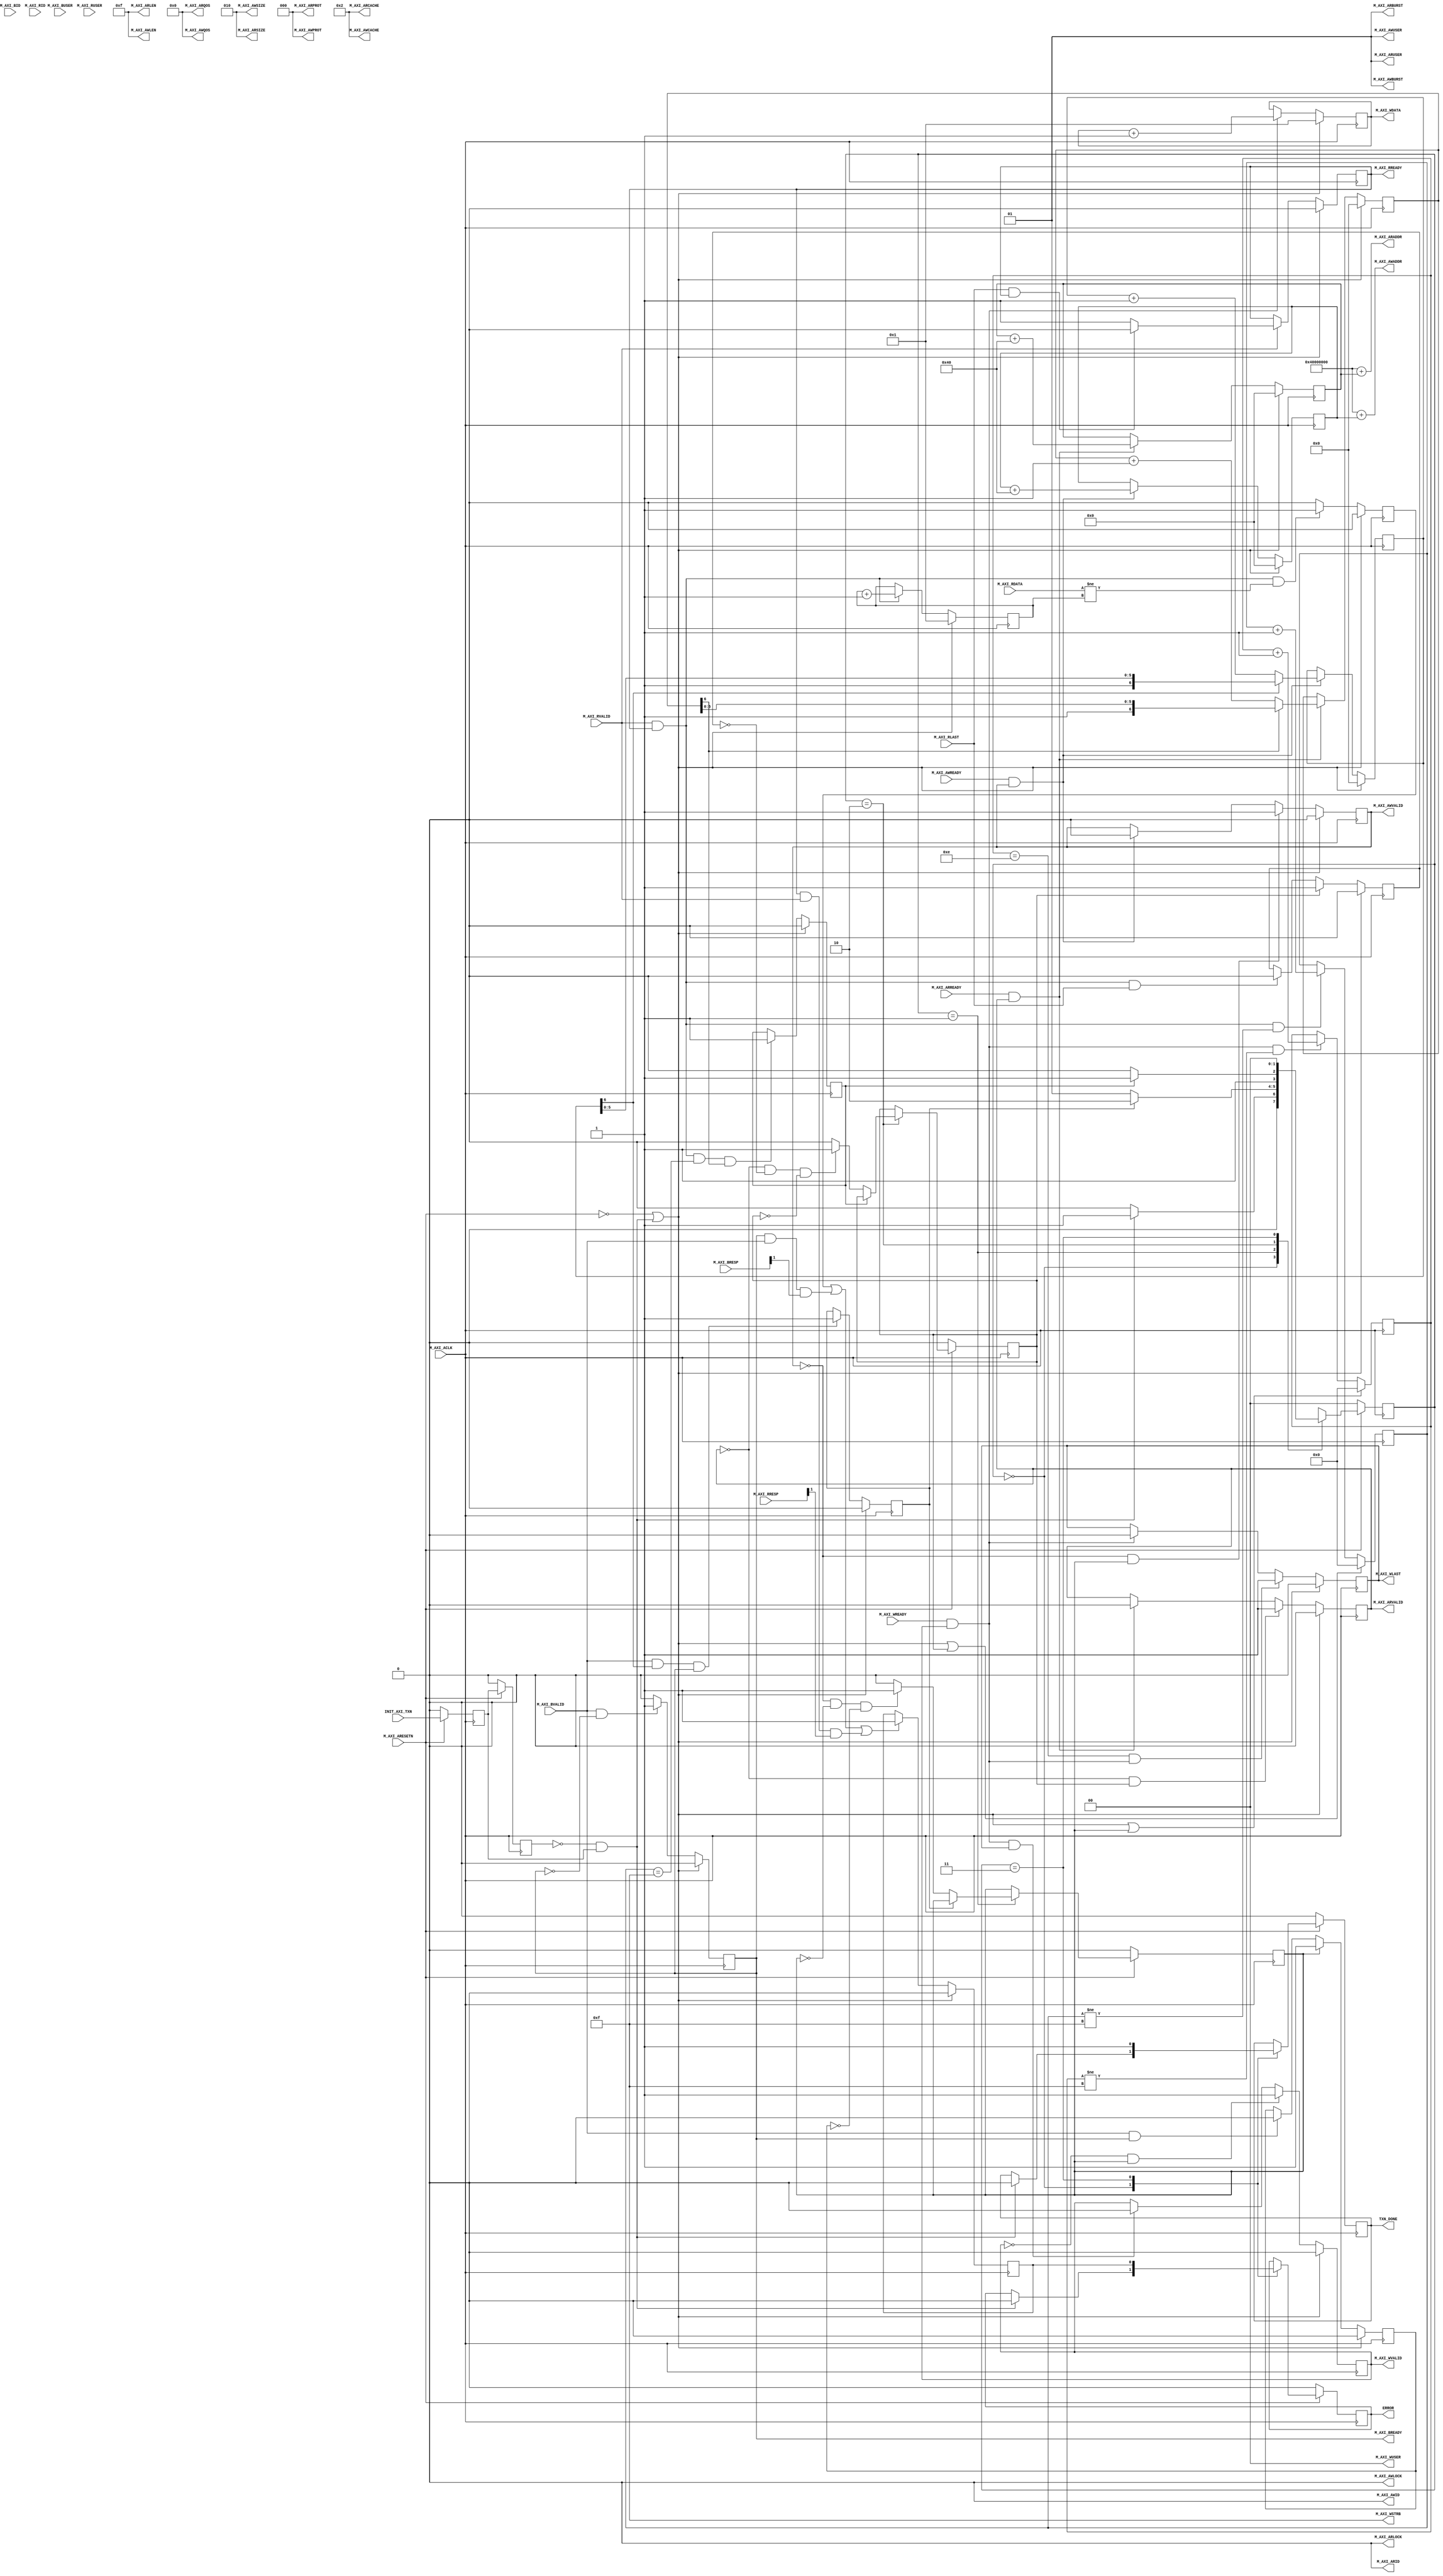
// This program was cloned from: https://github.com/MongooseOrion/FPGA_atoms
// License: MIT License


`timescale 1 ns / 1 ps

	module axi_full_v1_0_M00_AXI #
	(
		// Users to add parameters here

		// User parameters ends
		// Do not modify the parameters beyond this line

		// Base address of targeted slave
		parameter  C_M_TARGET_SLAVE_BASE_ADDR	= 32'h40000000,
		// Burst Length. Supports 1, 2, 4, 8, 16, 32, 64, 128, 256 burst lengths
		parameter integer C_M_AXI_BURST_LEN	= 16,
		// Thread ID Width
		parameter integer C_M_AXI_ID_WIDTH	= 1,
		// Width of Address Bus
		parameter integer C_M_AXI_ADDR_WIDTH	= 32,
		// Width of Data Bus
		parameter integer C_M_AXI_DATA_WIDTH	= 32,
		// Width of User Write Address Bus
		parameter integer C_M_AXI_AWUSER_WIDTH	= 0,
		// Width of User Read Address Bus
		parameter integer C_M_AXI_ARUSER_WIDTH	= 0,
		// Width of User Write Data Bus
		parameter integer C_M_AXI_WUSER_WIDTH	= 0,
		// Width of User Read Data Bus
		parameter integer C_M_AXI_RUSER_WIDTH	= 0,
		// Width of User Response Bus
		parameter integer C_M_AXI_BUSER_WIDTH	= 0
	)
	(
		// Users to add ports here

		// User ports ends
		// Do not modify the ports beyond this line

		// Initiate AXI transactions
		input wire  INIT_AXI_TXN,
		// Asserts when transaction is complete
		output wire  TXN_DONE,
		// Asserts when ERROR is detected
		output reg  ERROR,
		// Global Clock Signal.
		input wire  M_AXI_ACLK,
		// Global Reset Singal. This Signal is Active Low
		input wire  M_AXI_ARESETN,
		// Master Interface Write Address ID
		output wire [C_M_AXI_ID_WIDTH-1 : 0] M_AXI_AWID,
		// Master Interface Write Address
		output wire [C_M_AXI_ADDR_WIDTH-1 : 0] M_AXI_AWADDR,
		// Burst length. The burst length gives the exact number of transfers in a burst
		output wire [7 : 0] M_AXI_AWLEN,
		// Burst size. This signal indicates the size of each transfer in the burst
		output wire [2 : 0] M_AXI_AWSIZE,
		// Burst type. The burst type and the size information, 
    // determine how the address for each transfer within the burst is calculated.
		output wire [1 : 0] M_AXI_AWBURST,
		// Lock type. Provides additional information about the
    // atomic characteristics of the transfer.
		output wire  M_AXI_AWLOCK,
		// Memory type. This signal indicates how transactions
    // are required to progress through a system.
		output wire [3 : 0] M_AXI_AWCACHE,
		// Protection type. This signal indicates the privilege
    // and security level of the transaction, and whether
    // the transaction is a data access or an instruction access.
		output wire [2 : 0] M_AXI_AWPROT,
		// Quality of Service, QoS identifier sent for each write transaction.
		output wire [3 : 0] M_AXI_AWQOS,
		// Optional User-defined signal in the write address channel.
		output wire [C_M_AXI_AWUSER_WIDTH-1 : 0] M_AXI_AWUSER,
		// Write address valid. This signal indicates that
    // the channel is signaling valid write address and control information.
		output wire  M_AXI_AWVALID,
		// Write address ready. This signal indicates that
    // the slave is ready to accept an address and associated control signals
		input wire  M_AXI_AWREADY,
		// Master Interface Write Data.
		output wire [C_M_AXI_DATA_WIDTH-1 : 0] M_AXI_WDATA,
		// Write strobes. This signal indicates which byte
    // lanes hold valid data. There is one write strobe
    // bit for each eight bits of the write data bus.
		output wire [C_M_AXI_DATA_WIDTH/8-1 : 0] M_AXI_WSTRB,
		// Write last. This signal indicates the last transfer in a write burst.
		output wire  M_AXI_WLAST,
		// Optional User-defined signal in the write data channel.
		output wire [C_M_AXI_WUSER_WIDTH-1 : 0] M_AXI_WUSER,
		// Write valid. This signal indicates that valid write
    // data and strobes are available
		output wire  M_AXI_WVALID,
		// Write ready. This signal indicates that the slave
    // can accept the write data.
		input wire  M_AXI_WREADY,
		// Master Interface Write Response.
		input wire [C_M_AXI_ID_WIDTH-1 : 0] M_AXI_BID,
		// Write response. This signal indicates the status of the write transaction.
		input wire [1 : 0] M_AXI_BRESP,
		// Optional User-defined signal in the write response channel
		input wire [C_M_AXI_BUSER_WIDTH-1 : 0] M_AXI_BUSER,
		// Write response valid. This signal indicates that the
    // channel is signaling a valid write response.
		input wire  M_AXI_BVALID,
		// Response ready. This signal indicates that the master
    // can accept a write response.
		output wire  M_AXI_BREADY,
		// Master Interface Read Address.
		output wire [C_M_AXI_ID_WIDTH-1 : 0] M_AXI_ARID,
		// Read address. This signal indicates the initial
    // address of a read burst transaction.
		output wire [C_M_AXI_ADDR_WIDTH-1 : 0] M_AXI_ARADDR,
		// Burst length. The burst length gives the exact number of transfers in a burst
		output wire [7 : 0] M_AXI_ARLEN,
		// Burst size. This signal indicates the size of each transfer in the burst
		output wire [2 : 0] M_AXI_ARSIZE,
		// Burst type. The burst type and the size information, 
    // determine how the address for each transfer within the burst is calculated.
		output wire [1 : 0] M_AXI_ARBURST,
		// Lock type. Provides additional information about the
    // atomic characteristics of the transfer.
		output wire  M_AXI_ARLOCK,
		// Memory type. This signal indicates how transactions
    // are required to progress through a system.
		output wire [3 : 0] M_AXI_ARCACHE,
		// Protection type. This signal indicates the privilege
    // and security level of the transaction, and whether
    // the transaction is a data access or an instruction access.
		output wire [2 : 0] M_AXI_ARPROT,
		// Quality of Service, QoS identifier sent for each read transaction
		output wire [3 : 0] M_AXI_ARQOS,
		// Optional User-defined signal in the read address channel.
		output wire [C_M_AXI_ARUSER_WIDTH-1 : 0] M_AXI_ARUSER,
		// Write address valid. This signal indicates that
    // the channel is signaling valid read address and control information
		output wire  M_AXI_ARVALID,
		// Read address ready. This signal indicates that
    // the slave is ready to accept an address and associated control signals
		input wire  M_AXI_ARREADY,
		// Read ID tag. This signal is the identification tag
    // for the read data group of signals generated by the slave.
		input wire [C_M_AXI_ID_WIDTH-1 : 0] M_AXI_RID,
		// Master Read Data
		input wire [C_M_AXI_DATA_WIDTH-1 : 0] M_AXI_RDATA,
		// Read response. This signal indicates the status of the read transfer
		input wire [1 : 0] M_AXI_RRESP,
		// Read last. This signal indicates the last transfer in a read burst
		input wire  M_AXI_RLAST,
		// Optional User-defined signal in the read address channel.
		input wire [C_M_AXI_RUSER_WIDTH-1 : 0] M_AXI_RUSER,
		// Read valid. This signal indicates that the channel
    // is signaling the required read data.
		input wire  M_AXI_RVALID,
		// Read ready. This signal indicates that the master can
    // accept the read data and response information.
		output wire  M_AXI_RREADY
	);


	// function called clogb2 that returns an integer which has the
	//value of the ceiling of the log base 2

	  // function called clogb2 that returns an integer which has the 
	  // value of the ceiling of the log base 2.                      
	  function integer clogb2 (input integer bit_depth);              
	  begin                                                           
	    for(clogb2=0; bit_depth>0; clogb2=clogb2+1)                   
	      bit_depth = bit_depth >> 1;                                 
	    end                                                           
	  endfunction                                                     

	// C_TRANSACTIONS_NUM is the width of the index counter for 
	// number of write or read transaction.
	 localparam integer C_TRANSACTIONS_NUM = clogb2(C_M_AXI_BURST_LEN-1);

	// Burst length for transactions, in C_M_AXI_DATA_WIDTHs.
	// Non-2^n lengths will eventually cause bursts across 4K address boundaries.
	 localparam integer C_MASTER_LENGTH	= 12;
	// total number of burst transfers is master length divided by burst length and burst size
	 localparam integer C_NO_BURSTS_REQ = C_MASTER_LENGTH-clogb2((C_M_AXI_BURST_LEN*C_M_AXI_DATA_WIDTH/8)-1);
	// Example State machine to initialize counter, initialize write transactions, 
	// initialize read transactions and comparison of read data with the 
	// written data words.
	parameter [1:0] IDLE = 2'b00, // This state initiates AXI4Lite transaction 
			// after the state machine changes state to INIT_WRITE 
			// when there is 0 to 1 transition on INIT_AXI_TXN
		INIT_WRITE   = 2'b01, // This state initializes write transaction,
			// once writes are done, the state machine 
			// changes state to INIT_READ 
		INIT_READ = 2'b10, // This state initializes read transaction
			// once reads are done, the state machine 
			// changes state to INIT_COMPARE 
		INIT_COMPARE = 2'b11; // This state issues the status of comparison 
			// of the written data with the read data	

	 reg [1:0] mst_exec_state;

	// AXI4LITE signals
	//AXI4 internal temp signals
	reg [C_M_AXI_ADDR_WIDTH-1 : 0] 	axi_awaddr;
	reg  	axi_awvalid;
	reg [C_M_AXI_DATA_WIDTH-1 : 0] 	axi_wdata;
	reg  	axi_wlast;
	reg  	axi_wvalid;
	reg  	axi_bready;
	reg [C_M_AXI_ADDR_WIDTH-1 : 0] 	axi_araddr;
	reg  	axi_arvalid;
	reg  	axi_rready;
	//write beat count in a burst
	reg [C_TRANSACTIONS_NUM : 0] 	write_index;
	//read beat count in a burst
	reg [C_TRANSACTIONS_NUM : 0] 	read_index;
	//size of C_M_AXI_BURST_LEN length burst in bytes
	wire [C_TRANSACTIONS_NUM+2 : 0] 	burst_size_bytes;
	//The burst counters are used to track the number of burst transfers of C_M_AXI_BURST_LEN burst length needed to transfer 2^C_MASTER_LENGTH bytes of data.
	reg [C_NO_BURSTS_REQ : 0] 	write_burst_counter;
	reg [C_NO_BURSTS_REQ : 0] 	read_burst_counter;
	reg  	start_single_burst_write;
	reg  	start_single_burst_read;
	reg  	writes_done;
	reg  	reads_done;
	reg  	error_reg;
	reg  	compare_done;
	reg  	read_mismatch;
	reg  	burst_write_active;
	reg  	burst_read_active;
	reg [C_M_AXI_DATA_WIDTH-1 : 0] 	expected_rdata;
	//Interface response error flags
	wire  	write_resp_error;
	wire  	read_resp_error;
	wire  	wnext;
	wire  	rnext;
	reg  	init_txn_ff;
	reg  	init_txn_ff2;
	reg  	init_txn_edge;
	wire  	init_txn_pulse;


	// I/O Connections assignments

	//I/O Connections. Write Address (AW)
	assign M_AXI_AWID	= 'b0;
	//The AXI address is a concatenation of the target base address + active offset range
	assign M_AXI_AWADDR	= C_M_TARGET_SLAVE_BASE_ADDR + axi_awaddr;
	//Burst LENgth is number of transaction beats, minus 1
	assign M_AXI_AWLEN	= C_M_AXI_BURST_LEN - 1;
	//Size should be C_M_AXI_DATA_WIDTH, in 2^SIZE bytes, otherwise narrow bursts are used
	assign M_AXI_AWSIZE	= clogb2((C_M_AXI_DATA_WIDTH/8)-1);
	//INCR burst type is usually used, except for keyhole bursts
	assign M_AXI_AWBURST	= 2'b01;
	assign M_AXI_AWLOCK	= 1'b0;
	//Update value to 4'b0011 if coherent accesses to be used via the Zynq ACP port. Not Allocated, Modifiable, not Bufferable. Not Bufferable since this example is meant to test memory, not intermediate cache. 
	assign M_AXI_AWCACHE	= 4'b0010;
	assign M_AXI_AWPROT	= 3'h0;
	assign M_AXI_AWQOS	= 4'h0;
	assign M_AXI_AWUSER	= 'b1;
	assign M_AXI_AWVALID	= axi_awvalid;
	//Write Data(W)
	assign M_AXI_WDATA	= axi_wdata;
	//All bursts are complete and aligned in this example
	assign M_AXI_WSTRB	= {(C_M_AXI_DATA_WIDTH/8){1'b1}};
	assign M_AXI_WLAST	= axi_wlast;
	assign M_AXI_WUSER	= 'b0;
	assign M_AXI_WVALID	= axi_wvalid;
	//Write Response (B)
	assign M_AXI_BREADY	= axi_bready;
	//Read Address (AR)
	assign M_AXI_ARID	= 'b0;
	assign M_AXI_ARADDR	= C_M_TARGET_SLAVE_BASE_ADDR + axi_araddr;
	//Burst LENgth is number of transaction beats, minus 1
	assign M_AXI_ARLEN	= C_M_AXI_BURST_LEN - 1;
	//Size should be C_M_AXI_DATA_WIDTH, in 2^n bytes, otherwise narrow bursts are used
	assign M_AXI_ARSIZE	= clogb2((C_M_AXI_DATA_WIDTH/8)-1);
	//INCR burst type is usually used, except for keyhole bursts
	assign M_AXI_ARBURST	= 2'b01;
	assign M_AXI_ARLOCK	= 1'b0;
	//Update value to 4'b0011 if coherent accesses to be used via the Zynq ACP port. Not Allocated, Modifiable, not Bufferable. Not Bufferable since this example is meant to test memory, not intermediate cache. 
	assign M_AXI_ARCACHE	= 4'b0010;
	assign M_AXI_ARPROT	= 3'h0;
	assign M_AXI_ARQOS	= 4'h0;
	assign M_AXI_ARUSER	= 'b1;
	assign M_AXI_ARVALID	= axi_arvalid;
	//Read and Read Response (R)
	assign M_AXI_RREADY	= axi_rready;
	//Example design I/O
	assign TXN_DONE	= compare_done;
	//Burst size in bytes
	assign burst_size_bytes	= C_M_AXI_BURST_LEN * C_M_AXI_DATA_WIDTH/8;
	assign init_txn_pulse	= (!init_txn_ff2) && init_txn_ff;


	//Generate a pulse to initiate AXI transaction.
	always @(posedge M_AXI_ACLK)										      
	  begin                                                                        
	    // Initiates AXI transaction delay    
	    if (M_AXI_ARESETN == 0 )                                                   
	      begin                                                                    
	        init_txn_ff <= 1'b0;                                                   
	        init_txn_ff2 <= 1'b0;                                                   
	      end                                                                               
	    else                                                                       
	      begin  
	        init_txn_ff <= INIT_AXI_TXN;
	        init_txn_ff2 <= init_txn_ff;                                                                 
	      end                                                                      
	  end     


	//--------------------
	//Write Address Channel
	//--------------------

	// The purpose of the write address channel is to request the address and 
	// command information for the entire transaction.  It is a single beat
	// of information.

	// The AXI4 Write address channel in this example will continue to initiate
	// write commands as fast as it is allowed by the slave/interconnect.
	// The address will be incremented on each accepted address transaction,
	// by burst_size_byte to point to the next address. 

	  always @(posedge M_AXI_ACLK)                                   
	  begin                                                                
	                                                                       
	    if (M_AXI_ARESETN == 0 || init_txn_pulse == 1'b1 )                                           
	      begin                                                            
	        axi_awvalid <= 1'b0;                                           
	      end                                                              
	    // If previously not valid , start next transaction                
	    else if (~axi_awvalid && start_single_burst_write)                 
	      begin                                                            
	        axi_awvalid <= 1'b1;                                           
	      end                                                              
	    /* Once asserted, VALIDs cannot be deasserted, so axi_awvalid      
	    must wait until transaction is accepted */                         
	    else if (M_AXI_AWREADY && axi_awvalid)                             
	      begin                                                            
	        axi_awvalid <= 1'b0;                                           
	      end                                                              
	    else                                                               
	      axi_awvalid <= axi_awvalid;                                      
	    end                                                                
	                                                                       
	                                                                       
	// Next address after AWREADY indicates previous address acceptance    
	  always @(posedge M_AXI_ACLK)                                         
	  begin                                                                
	    if (M_AXI_ARESETN == 0 || init_txn_pulse == 1'b1)                                            
	      begin                                                            
	        axi_awaddr <= 'b0;                                             
	      end                                                              
	    else if (M_AXI_AWREADY && axi_awvalid)                             
	      begin                                                            
	        axi_awaddr <= axi_awaddr + burst_size_bytes;                   
	      end                                                              
	    else                                                               
	      axi_awaddr <= axi_awaddr;                                        
	    end                                                                


	//--------------------
	//Write Data Channel
	//--------------------

	//The write data will continually try to push write data across the interface.

	//The amount of data accepted will depend on the AXI slave and the AXI
	//Interconnect settings, such as if there are FIFOs enabled in interconnect.

	//Note that there is no explicit timing relationship to the write address channel.
	//The write channel has its own throttling flag, separate from the AW channel.

	//Synchronization between the channels must be determined by the user.

	//The simpliest but lowest performance would be to only issue one address write
	//and write data burst at a time.

	//In this example they are kept in sync by using the same address increment
	//and burst sizes. Then the AW and W channels have their transactions measured
	//with threshold counters as part of the user logic, to make sure neither 
	//channel gets too far ahead of each other.

	//Forward movement occurs when the write channel is valid and ready

	  assign wnext = M_AXI_WREADY & axi_wvalid;                                   
	                                                                                    
	// WVALID logic, similar to the axi_awvalid always block above                      
	  always @(posedge M_AXI_ACLK)                                                      
	  begin                                                                             
	    if (M_AXI_ARESETN == 0 || init_txn_pulse == 1'b1 )                                                        
	      begin                                                                         
	        axi_wvalid <= 1'b0;                                                         
	      end                                                                           
	    // If previously not valid, start next transaction                              
	    else if (~axi_wvalid && start_single_burst_write)                               
	      begin                                                                         
	        axi_wvalid <= 1'b1;                                                         
	      end                                                                           
	    /* If WREADY and too many writes, throttle WVALID                               
	    Once asserted, VALIDs cannot be deasserted, so WVALID                           
	    must wait until burst is complete with WLAST */                                 
	    else if (wnext && axi_wlast)                                                    
	      axi_wvalid <= 1'b0;                                                           
	    else                                                                            
	      axi_wvalid <= axi_wvalid;                                                     
	  end                                                                               
	                                                                                    
	                                                                                    
	//WLAST generation on the MSB of a counter underflow                                
	// WVALID logic, similar to the axi_awvalid always block above                      
	  always @(posedge M_AXI_ACLK)                                                      
	  begin                                                                             
	    if (M_AXI_ARESETN == 0 || init_txn_pulse == 1'b1 )                                                        
	      begin                                                                         
	        axi_wlast <= 1'b0;                                                          
	      end                                                                           
	    // axi_wlast is asserted when the write index                                   
	    // count reaches the penultimate count to synchronize                           
	    // with the last write data when write_index is b1111                           
	    // else if (&(write_index[C_TRANSACTIONS_NUM-1:1])&& ~write_index[0] && wnext)  
	    else if (((write_index == C_M_AXI_BURST_LEN-2 && C_M_AXI_BURST_LEN >= 2) && wnext) || (C_M_AXI_BURST_LEN == 1 ))
	      begin                                                                         
	        axi_wlast <= 1'b1;                                                          
	      end                                                                           
	    // Deassrt axi_wlast when the last write data has been                          
	    // accepted by the slave with a valid response                                  
	    else if (wnext)                                                                 
	      axi_wlast <= 1'b0;                                                            
	    else if (axi_wlast && C_M_AXI_BURST_LEN == 1)                                   
	      axi_wlast <= 1'b0;                                                            
	    else                                                                            
	      axi_wlast <= axi_wlast;                                                       
	  end                                                                               
	                                                                                    
	                                                                                    
	/* Burst length counter. Uses extra counter register bit to indicate terminal       
	 count to reduce decode logic */                                                    
	  always @(posedge M_AXI_ACLK)                                                      
	  begin                                                                             
	    if (M_AXI_ARESETN == 0 || init_txn_pulse == 1'b1 || start_single_burst_write == 1'b1)    
	      begin                                                                         
	        write_index <= 0;                                                           
	      end                                                                           
	    else if (wnext && (write_index != C_M_AXI_BURST_LEN-1))                         
	      begin                                                                         
	        write_index <= write_index + 1;                                             
	      end                                                                           
	    else                                                                            
	      write_index <= write_index;                                                   
	  end                                                                               
	                                                                                    
	                                                                                    
	/* Write Data Generator                                                             
	 Data pattern is only a simple incrementing count from 0 for each burst  */         
	  always @(posedge M_AXI_ACLK)                                                      
	  begin                                                                             
	    if (M_AXI_ARESETN == 0 || init_txn_pulse == 1'b1)                                                         
	      axi_wdata <= 'b1;                                                             
	    //else if (wnext && axi_wlast)                                                  
	    //  axi_wdata <= 'b0;                                                           
	    else if (wnext)                                                                 
	      axi_wdata <= axi_wdata + 1;                                                   
	    else                                                                            
	      axi_wdata <= axi_wdata;                                                       
	    end                                                                             


	//----------------------------
	//Write Response (B) Channel
	//----------------------------

	//The write response channel provides feedback that the write has committed
	//to memory. BREADY will occur when all of the data and the write address
	//has arrived and been accepted by the slave.

	//The write issuance (number of outstanding write addresses) is started by 
	//the Address Write transfer, and is completed by a BREADY/BRESP.

	//While negating BREADY will eventually throttle the AWREADY signal, 
	//it is best not to throttle the whole data channel this way.

	//The BRESP bit [1] is used indicate any errors from the interconnect or
	//slave for the entire write burst. This example will capture the error 
	//into the ERROR output. 

	  always @(posedge M_AXI_ACLK)                                     
	  begin                                                                 
	    if (M_AXI_ARESETN == 0 || init_txn_pulse == 1'b1 )                                            
	      begin                                                             
	        axi_bready <= 1'b0;                                             
	      end                                                               
	    // accept/acknowledge bresp with axi_bready by the master           
	    // when M_AXI_BVALID is asserted by slave                           
	    else if (M_AXI_BVALID && ~axi_bready)                               
	      begin                                                             
	        axi_bready <= 1'b1;                                             
	      end                                                               
	    // deassert after one clock cycle                                   
	    else if (axi_bready)                                                
	      begin                                                             
	        axi_bready <= 1'b0;                                             
	      end                                                               
	    // retain the previous value                                        
	    else                                                                
	      axi_bready <= axi_bready;                                         
	  end                                                                   
	                                                                        
	                                                                        
	//Flag any write response errors                                        
	  assign write_resp_error = axi_bready & M_AXI_BVALID & M_AXI_BRESP[1]; 


	//----------------------------
	//Read Address Channel
	//----------------------------

	//The Read Address Channel (AW) provides a similar function to the
	//Write Address channel- to provide the tranfer qualifiers for the burst.

	//In this example, the read address increments in the same
	//manner as the write address channel.

	  always @(posedge M_AXI_ACLK)                                 
	  begin                                                              
	                                                                     
	    if (M_AXI_ARESETN == 0 || init_txn_pulse == 1'b1 )                                         
	      begin                                                          
	        axi_arvalid <= 1'b0;                                         
	      end                                                            
	    // If previously not valid , start next transaction              
	    else if (~axi_arvalid && start_single_burst_read)                
	      begin                                                          
	        axi_arvalid <= 1'b1;                                         
	      end                                                            
	    else if (M_AXI_ARREADY && axi_arvalid)                           
	      begin                                                          
	        axi_arvalid <= 1'b0;                                         
	      end                                                            
	    else                                                             
	      axi_arvalid <= axi_arvalid;                                    
	  end                                                                
	                                                                     
	                                                                     
	// Next address after ARREADY indicates previous address acceptance  
	  always @(posedge M_AXI_ACLK)                                       
	  begin                                                              
	    if (M_AXI_ARESETN == 0 || init_txn_pulse == 1'b1)                                          
	      begin                                                          
	        axi_araddr <= 'b0;                                           
	      end                                                            
	    else if (M_AXI_ARREADY && axi_arvalid)                           
	      begin                                                          
	        axi_araddr <= axi_araddr + burst_size_bytes;                 
	      end                                                            
	    else                                                             
	      axi_araddr <= axi_araddr;                                      
	  end                                                                


	//--------------------------------
	//Read Data (and Response) Channel
	//--------------------------------

	 // Forward movement occurs when the channel is valid and ready   
	  assign rnext = M_AXI_RVALID && axi_rready;                            
	                                                                        
	                                                                        
	// Burst length counter. Uses extra counter register bit to indicate    
	// terminal count to reduce decode logic                                
	  always @(posedge M_AXI_ACLK)                                          
	  begin                                                                 
	    if (M_AXI_ARESETN == 0 || init_txn_pulse == 1'b1 || start_single_burst_read)                  
	      begin                                                             
	        read_index <= 0;                                                
	      end                                                               
	    else if (rnext && (read_index != C_M_AXI_BURST_LEN-1))              
	      begin                                                             
	        read_index <= read_index + 1;                                   
	      end                                                               
	    else                                                                
	      read_index <= read_index;                                         
	  end                                                                   
	                                                                        
	                                                                        
	/*                                                                      
	 The Read Data channel returns the results of the read request          
	                                                                        
	 In this example the data checker is always able to accept              
	 more data, so no need to throttle the RREADY signal                    
	 */                                                                     
	  always @(posedge M_AXI_ACLK)                                          
	  begin                                                                 
	    if (M_AXI_ARESETN == 0 || init_txn_pulse == 1'b1 )                  
	      begin                                                             
	        axi_rready <= 1'b0;                                             
	      end                                                               
	    // accept/acknowledge rdata/rresp with axi_rready by the master     
	    // when M_AXI_RVALID is asserted by slave                           
	    else if (M_AXI_RVALID)                       
	      begin                                      
	         if (M_AXI_RLAST && axi_rready)          
	          begin                                  
	            axi_rready <= 1'b0;                  
	          end                                    
	         else                                    
	           begin                                 
	             axi_rready <= 1'b1;                 
	           end                                   
	      end                                        
	    // retain the previous value                 
	  end                                            
	                                                                        
	//Check received read data against data generator                       
	  always @(posedge M_AXI_ACLK)                                          
	  begin                                                                 
	    if (M_AXI_ARESETN == 0 || init_txn_pulse == 1'b1)                   
	      begin                                                             
	        read_mismatch <= 1'b0;                                          
	      end                                                               
	    //Only check data when RVALID is active                             
	    else if (rnext && (M_AXI_RDATA != expected_rdata))                  
	      begin                                                             
	        read_mismatch <= 1'b1;                                          
	      end                                                               
	    else                                                                
	      read_mismatch <= 1'b0;                                            
	  end                                                                   
	                                                                        
	//Flag any read response errors                                         
	  assign read_resp_error = axi_rready & M_AXI_RVALID & M_AXI_RRESP[1];  


	//----------------------------------------
	//Example design read check data generator
	//-----------------------------------------

	//Generate expected read data to check against actual read data

	  always @(posedge M_AXI_ACLK)                     
	  begin                                                  
		if (M_AXI_ARESETN == 0 || init_txn_pulse == 1'b1)// || M_AXI_RLAST)             
			expected_rdata <= 'b1;                            
		else if (M_AXI_RVALID && axi_rready)                  
			expected_rdata <= expected_rdata + 1;             
		else                                                  
			expected_rdata <= expected_rdata;                 
	  end                                                    


	//----------------------------------
	//Example design error register
	//----------------------------------

	//Register and hold any data mismatches, or read/write interface errors 

	  always @(posedge M_AXI_ACLK)                                 
	  begin                                                              
	    if (M_AXI_ARESETN == 0 || init_txn_pulse == 1'b1)                                          
	      begin                                                          
	        error_reg <= 1'b0;                                           
	      end                                                            
	    else if (read_mismatch || write_resp_error || read_resp_error)   
	      begin                                                          
	        error_reg <= 1'b1;                                           
	      end                                                            
	    else                                                             
	      error_reg <= error_reg;                                        
	  end                                                                


	//--------------------------------
	//Example design throttling
	//--------------------------------

	// For maximum port throughput, this user example code will try to allow
	// each channel to run as independently and as quickly as possible.

	// However, there are times when the flow of data needs to be throtted by
	// the user application. This example application requires that data is
	// not read before it is written and that the write channels do not
	// advance beyond an arbitrary threshold (say to prevent an 
	// overrun of the current read address by the write address).

	// From AXI4 Specification, 13.13.1: "If a master requires ordering between 
	// read and write transactions, it must ensure that a response is received 
	// for the previous transaction before issuing the next transaction."

	// This example accomplishes this user application throttling through:
	// -Reads wait for writes to fully complete
	// -Address writes wait when not read + issued transaction counts pass 
	// a parameterized threshold
	// -Writes wait when a not read + active data burst count pass 
	// a parameterized threshold

	 // write_burst_counter counter keeps track with the number of burst transaction initiated            
	 // against the number of burst transactions the master needs to initiate                                   
	  always @(posedge M_AXI_ACLK)                                                                              
	  begin                                                                                                     
	    if (M_AXI_ARESETN == 0 || init_txn_pulse == 1'b1 )                                                                                 
	      begin                                                                                                 
	        write_burst_counter <= 'b0;                                                                         
	      end                                                                                                   
	    else if (M_AXI_AWREADY && axi_awvalid)                                                                  
	      begin                                                                                                 
	        if (write_burst_counter[C_NO_BURSTS_REQ] == 1'b0)                                                   
	          begin                                                                                             
	            write_burst_counter <= write_burst_counter + 1'b1;                                              
	            //write_burst_counter[C_NO_BURSTS_REQ] <= 1'b1;                                                 
	          end                                                                                               
	      end                                                                                                   
	    else                                                                                                    
	      write_burst_counter <= write_burst_counter;                                                           
	  end                                                                                                       
	                                                                                                            
	 // read_burst_counter counter keeps track with the number of burst transaction initiated                   
	 // against the number of burst transactions the master needs to initiate                                   
	  always @(posedge M_AXI_ACLK)                                                                              
	  begin                                                                                                     
	    if (M_AXI_ARESETN == 0 || init_txn_pulse == 1'b1)                                                                                 
	      begin                                                                                                 
	        read_burst_counter <= 'b0;                                                                          
	      end                                                                                                   
	    else if (M_AXI_ARREADY && axi_arvalid)                                                                  
	      begin                                                                                                 
	        if (read_burst_counter[C_NO_BURSTS_REQ] == 1'b0)                                                    
	          begin                                                                                             
	            read_burst_counter <= read_burst_counter + 1'b1;                                                
	            //read_burst_counter[C_NO_BURSTS_REQ] <= 1'b1;                                                  
	          end                                                                                               
	      end                                                                                                   
	    else                                                                                                    
	      read_burst_counter <= read_burst_counter;                                                             
	  end                                                                                                       
	                                                                                                            
	                                                                                                            
	  //implement master command interface state machine                                                        
	                                                                                                            
	  always @ ( posedge M_AXI_ACLK)                                                                            
	  begin                                                                                                     
	    if (M_AXI_ARESETN == 1'b0 )                                                                             
	      begin                                                                                                 
	        // reset condition                                                                                  
	        // All the signals are assigned default values under reset condition                                
	        mst_exec_state      <= IDLE;                                                                
	        start_single_burst_write <= 1'b0;                                                                   
	        start_single_burst_read  <= 1'b0;                                                                   
	        compare_done      <= 1'b0;                                                                          
	        ERROR <= 1'b0;   
	      end                                                                                                   
	    else                                                                                                    
	      begin                                                                                                 
	                                                                                                            
	        // state transition                                                                                 
	        case (mst_exec_state)                                                                               
	                                                                                                            
	          IDLE:                                                                                     
	            // This state is responsible to wait for user defined C_M_START_COUNT                           
	            // number of clock cycles.                                                                      
	            if ( init_txn_pulse == 1'b1)                                                      
	              begin                                                                                         
	                mst_exec_state  <= INIT_WRITE;                                                              
	                ERROR <= 1'b0;
	                compare_done <= 1'b0;
	              end                                                                                           
	            else                                                                                            
	              begin                                                                                         
	                mst_exec_state  <= IDLE;                                                            
	              end                                                                                           
	                                                                                                            
	          INIT_WRITE:                                                                                       
	            // This state is responsible to issue start_single_write pulse to                               
	            // initiate a write transaction. Write transactions will be                                     
	            // issued until burst_write_active signal is asserted.                                          
	            // write controller                                                                             
	            if (writes_done)                                                                                
	              begin                                                                                         
	                mst_exec_state <= INIT_READ;//                                                              
	              end                                                                                           
	            else                                                                                            
	              begin                                                                                         
	                mst_exec_state  <= INIT_WRITE;                                                              
	                                                                                                            
	                if (~axi_awvalid && ~start_single_burst_write && ~burst_write_active)                       
	                  begin                                                                                     
	                    start_single_burst_write <= 1'b1;                                                       
	                  end                                                                                       
	                else                                                                                        
	                  begin                                                                                     
	                    start_single_burst_write <= 1'b0; //Negate to generate a pulse                          
	                  end                                                                                       
	              end                                                                                           
	                                                                                                            
	          INIT_READ:                                                                                        
	            // This state is responsible to issue start_single_read pulse to                                
	            // initiate a read transaction. Read transactions will be                                       
	            // issued until burst_read_active signal is asserted.                                           
	            // read controller                                                                              
	            if (reads_done)                                                                                 
	              begin                                                                                         
	                mst_exec_state <= INIT_COMPARE;                                                             
	              end                                                                                           
	            else                                                                                            
	              begin                                                                                         
	                mst_exec_state  <= INIT_READ;                                                               
	                                                                                                            
	                if (~axi_arvalid && ~burst_read_active && ~start_single_burst_read)                         
	                  begin                                                                                     
	                    start_single_burst_read <= 1'b1;                                                        
	                  end                                                                                       
	               else                                                                                         
	                 begin                                                                                      
	                   start_single_burst_read <= 1'b0; //Negate to generate a pulse                            
	                 end                                                                                        
	              end                                                                                           
	                                                                                                            
	          INIT_COMPARE:                                                                                     
	            // This state is responsible to issue the state of comparison                                   
	            // of written data with the read data. If no error flags are set,                               
	            // compare_done signal will be asseted to indicate success.                                     
	            //if (~error_reg)                                                                               
	            begin                                                                                           
	              ERROR <= error_reg;
	              mst_exec_state <= IDLE;                                                               
	              compare_done <= 1'b1;                                                                         
	            end                                                                                             
	          default :                                                                                         
	            begin                                                                                           
	              mst_exec_state  <= IDLE;                                                              
	            end                                                                                             
	        endcase                                                                                             
	      end                                                                                                   
	  end //MASTER_EXECUTION_PROC                                                                               
	                                                                                                            
	                                                                                                            
	  // burst_write_active signal is asserted when there is a burst write transaction                          
	  // is initiated by the assertion of start_single_burst_write. burst_write_active                          
	  // signal remains asserted until the burst write is accepted by the slave                                 
	  always @(posedge M_AXI_ACLK)                                                                              
	  begin                                                                                                     
	    if (M_AXI_ARESETN == 0 || init_txn_pulse == 1'b1)                                                                                 
	      burst_write_active <= 1'b0;                                                                           
	                                                                                                            
	    //The burst_write_active is asserted when a write burst transaction is initiated                        
	    else if (start_single_burst_write)                                                                      
	      burst_write_active <= 1'b1;                                                                           
	    else if (M_AXI_BVALID && axi_bready)                                                                    
	      burst_write_active <= 0;                                                                              
	  end                                                                                                       
	                                                                                                            
	 // Check for last write completion.                                                                        
	                                                                                                            
	 // This logic is to qualify the last write count with the final write                                      
	 // response. This demonstrates how to confirm that a write has been                                        
	 // committed.                                                                                              
	                                                                                                            
	  always @(posedge M_AXI_ACLK)                                                                              
	  begin                                                                                                     
	    if (M_AXI_ARESETN == 0 || init_txn_pulse == 1'b1)                                                                                 
	      writes_done <= 1'b0;                                                                                  
	                                                                                                            
	    //The writes_done should be associated with a bready response                                           
	    //else if (M_AXI_BVALID && axi_bready && (write_burst_counter == {(C_NO_BURSTS_REQ-1){1}}) && axi_wlast)
	    else if (M_AXI_BVALID && (write_burst_counter[C_NO_BURSTS_REQ]) && axi_bready)                          
	      writes_done <= 1'b1;                                                                                  
	    else                                                                                                    
	      writes_done <= writes_done;                                                                           
	    end                                                                                                     
	                                                                                                            
	  // burst_read_active signal is asserted when there is a burst write transaction                           
	  // is initiated by the assertion of start_single_burst_write. start_single_burst_read                     
	  // signal remains asserted until the burst read is accepted by the master                                 
	  always @(posedge M_AXI_ACLK)                                                                              
	  begin                                                                                                     
	    if (M_AXI_ARESETN == 0 || init_txn_pulse == 1'b1)                                                                                 
	      burst_read_active <= 1'b0;                                                                            
	                                                                                                            
	    //The burst_write_active is asserted when a write burst transaction is initiated                        
	    else if (start_single_burst_read)                                                                       
	      burst_read_active <= 1'b1;                                                                            
	    else if (M_AXI_RVALID && axi_rready && M_AXI_RLAST)                                                     
	      burst_read_active <= 0;                                                                               
	    end                                                                                                     
	                                                                                                            
	                                                                                                            
	 // Check for last read completion.                                                                         
	                                                                                                            
	 // This logic is to qualify the last read count with the final read                                        
	 // response. This demonstrates how to confirm that a read has been                                         
	 // committed.                                                                                              
	                                                                                                            
	  always @(posedge M_AXI_ACLK)                                                                              
	  begin                                                                                                     
	    if (M_AXI_ARESETN == 0 || init_txn_pulse == 1'b1)                                                                                 
	      reads_done <= 1'b0;                                                                                   
	                                                                                                            
	    //The reads_done should be associated with a rready response                                            
	    //else if (M_AXI_BVALID && axi_bready && (write_burst_counter == {(C_NO_BURSTS_REQ-1){1}}) && axi_wlast)
	    else if (M_AXI_RVALID && axi_rready && (read_index == C_M_AXI_BURST_LEN-1) && (read_burst_counter[C_NO_BURSTS_REQ]))
	      reads_done <= 1'b1;                                                                                   
	    else                                                                                                    
	      reads_done <= reads_done;                                                                             
	    end                                                                                                     

	// Add user logic here

	// User logic ends

	endmodule